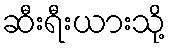
ဆီးရီးယားသို့